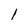
Character: 1